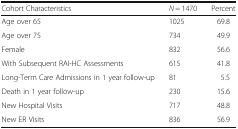
| Cohort Characteristics | N = 1470 | Percent |
 | --- | --- | --- |
 | Age over 65 | 1025 | 69.8 |
 | Age over 75 | 734 | 49.9 |
 | Female | 832 | 56.6 |
 | With Subsequent RAI-HC Assessments | 615 | 41.8 |
 | Long-Term Care Admissions in 1 year follow-up | 81 | 5.5 |
 | Death in 1 year follow-up | 230 | 15.6 |
 | New Hospital Visits | 717 | 48.8 |
 | New ER Visits | 836 | 56.9 |